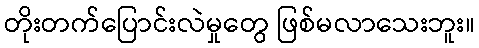
တိုးတက်ပြောင်းလဲမှုတွေ ဖြစ်မလာသေးဘူး။